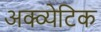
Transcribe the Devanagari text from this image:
अक्व्येटिक